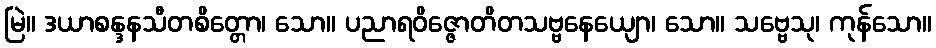
မြဲ။ ဒယာစန္ဒနသီတစိတ္တော၊ သော။ ပညာရဝိဇ္ဇောတိတသဗ္ဗနေယျော၊ သော။ သဗ္ဗေသု၊ ကုန်သော။